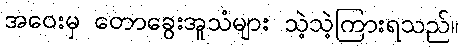
အဝေးမှ တောခွေးအူသံများ သဲ့သဲ့ကြားရသည်။